Inquiry into the circumstances attending an outbreak of cholera in H. M.'s 18th Hussars at Secunderabad in the month of May
Year: 1871
Disease focus: Cholera
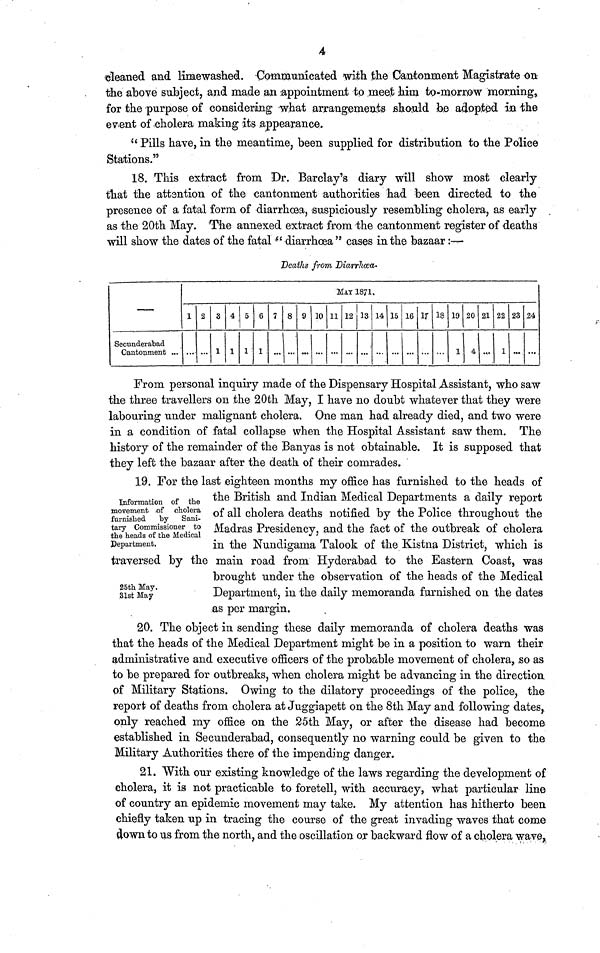
4
cleaned and limewashed. Communicated with the Cantonment Magistrate on
the above subject, and made an appointment to meet him to-morrow morning,
for the purpose of considering what arrangements should be adopted in the
event of cholera making its appearance.
" Pills have, in the meantime, been supplied for distribution to the Police
Stations."
18. This extract from Dr. Barclay's diary will show most clearly
that the attention of the cantonment authorities had been directed to the
presence of a fatal form of diarrhœa, suspiciously resembling cholera, as early
as the 20th May. The annexed extract from the cantonment register of deaths
will show the dates of the fatal " diarrhoea " cases in the bazaar :—
Deaths from Diarrhoea,·
Secunderabad
Cantonment ...
1
...
2
...
3
1
4
1
5
1
6
1
7 8 9
...
10
MAY 1871.
11 12 13 14 15 16 I7 18 19
1
20
4
21
...
22
1
23
...
24
...
From personal inquiry made of the Dispensary Hospital Assistant, who saw
the three travellers on the 20th May, I have no doubt whatever that they were
labouring under malignant cholera. One man had already died, and two were
in a condition of fatal collapse when the Hospital Assistant saw them. The
history of the remainder of the Banyas is not obtainable. It is supposed that
they left the bazaar after the death of their comrades.
Information of the
movement of cholera
furnished
by Sani-
tary Commissioner to
the heads of the Medical
¡Department.
25th May.
31st May
19. For the last eighteen months my office has furnished to the heads of
the British and Indian Medical Departments a daily report
of all cholera deaths notified by the Police throughout the
Madras Presidency, and the fact of the outbreak of cholera
in the Nundigama Talook of the Kistna District, which is
traversed by the main road from Hyderabad to the Eastern Coast, was
brought under the observation of the heads of the Medical
Department, in the daily memoranda furnished on the dates
as per margin.
20. The object in sending these daily memoranda of cholera deaths was
that the heads of the Medical Department might be in a position to warn their
administrative and executive officers of the probable movement of cholera, so as
to be prepared for outbreaks, when cholera might be advancing in the direction
of Military Stations. Owing to the dilatory proceedings of the police, the
report of deaths from cholera at Juggiapett on the 8th May and following dates,
only reached my office on the 25th May, or after the disease had become
established in Secunderabad, consequently 110 warning could be given to the
Military Authorities there of the impending danger.
21. With our existing knowledge of the laws regarding the development of
cholera, it is not practicable to foretell, with accuracy, what particular line
of country an epidemic movement may take. My attention has hitherto been
chiefly taken up in tracing the course of the great invading waves that come
down to us from the north, and the oscillation or backward flow of a cholera wave,